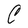
Character: C